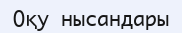
Оқу нысандары